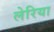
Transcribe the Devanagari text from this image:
लेरिया